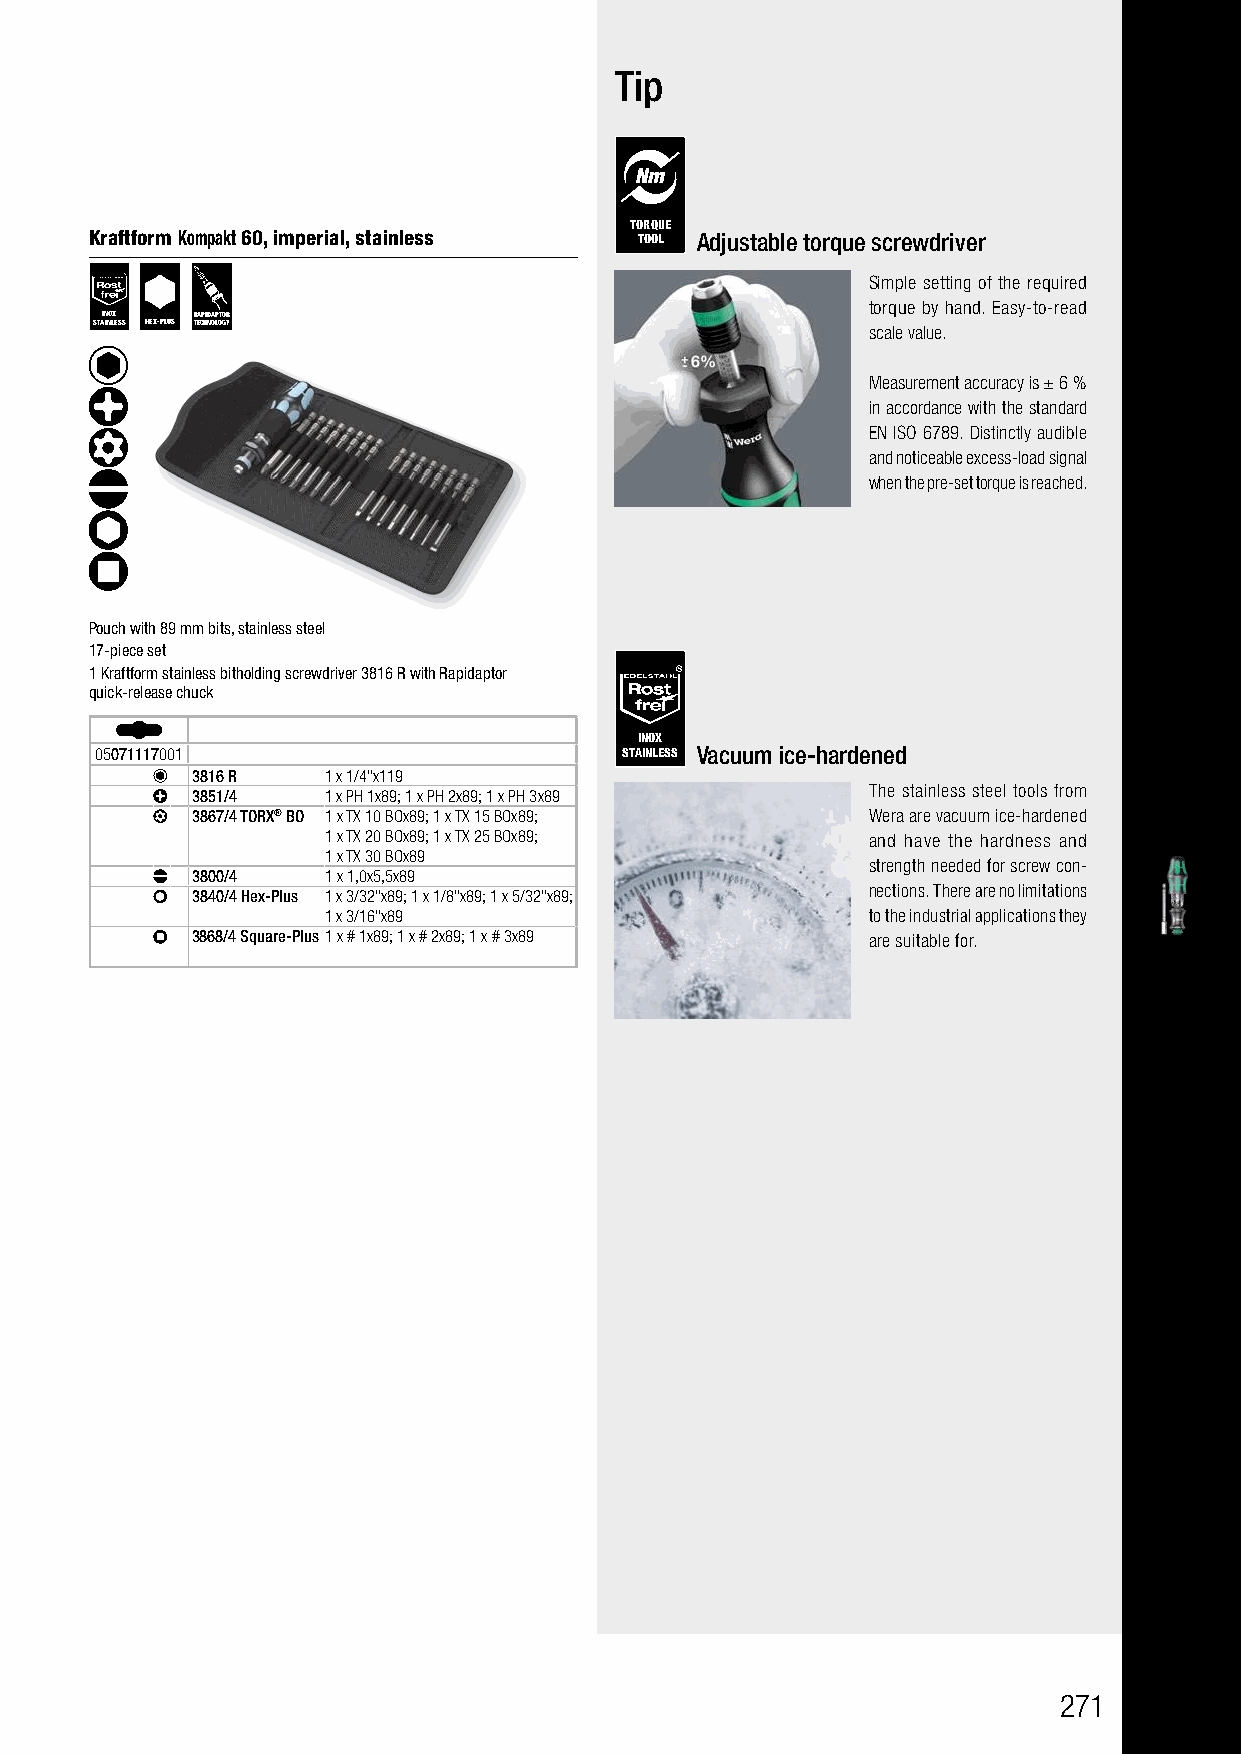
Kraftform Kompakt 60, 62                 Tip
 Bits of 89 mm in length
 TORQUE
 Kraftform Kompakt 60, imperial, stainless TOOL Adjustable torque screwdriver
 Simple setting of the required
 torque by hand. Easy-to-read
 INOX  RAPIDAPTOR
 STAINLESS HEX-PLUS TECHNOLOGY                      scale value.
 Measurement accuracy is ± 6 %
 in accordance with the standard
 EN ISO 6789. Distinctly audible
 and noticeable excess-load signal
 when the pre-set torque is reached.
 Pouch with 89 mm bits, stainless steel
 17-piece set
 1 Kraftform stainless bitholding screwdriver 3816 R with Rapidaptor
 quick-release chuck
 INOX
 05071117001                        STAINLESS Vacuum ice-hardened
 3816 R  1 x 1/4"x119
 3851/4  1 x PH 1x89; 1 x PH 2x89; 1 x PH 3x89 The stainless steel tools from
 3867/4 TORX® BO 1 x TX 10 BOx89; 1 x TX 15 BOx89; Wera are vacuum ice-hardened
 1 x TX 20 BOx89; 1 x TX 25 BOx89;   and have the hardness and
 1 x TX 30 BOx89
 strength needed for screw con-
 3800/4  1 x 1,0x5,5x89
 3840/4 Hex-Plus 1 x 3/32"x89; 1 x 1/8"x89; 1 x 5/32"x89; nections. There are no limitations
 1 x 3/16"x89                        to the industrial applications they
 3868/4 Square-Plus1 x # 1x89; 1 x # 2x89; 1 x # 3x89 are suitable for.
 271